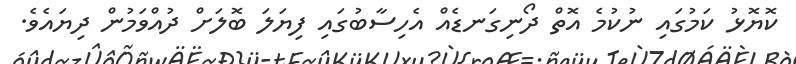
ކޮޔޮޅު ކަމުގައި ނުކުމެ އޮތް ދޯނިގަނޑެއް އެހިސާބުގައި ފިޔަލަ ބޮލަށް ދުއްވަމުން ދިޔައެވެ.